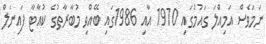
ނަމަވެސް އަމިއްލަ ގައުމުގައި 1970 އާއި 1986ގައި ބޭއްވި މުބާރާތުގެ ކުއާޓާ ފައިނަލް